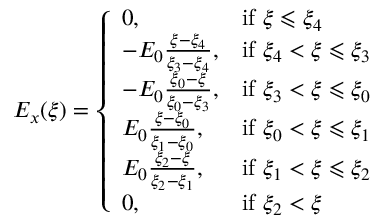
\begin{array} { r } { E _ { x } ( \xi ) = \left\{ \begin{array} { l l } { 0 , } & { \mathrm { i f ~ } \xi \leqslant \xi _ { 4 } } \\ { - E _ { 0 } \frac { \xi - \xi _ { 4 } } { \xi _ { 3 } - \xi _ { 4 } } , } & { \mathrm { i f ~ } \xi _ { 4 } < \xi \leqslant \xi _ { 3 } } \\ { - E _ { 0 } \frac { \xi _ { 0 } - \xi } { \xi _ { 0 } - \xi _ { 3 } } , } & { \mathrm { i f ~ } \xi _ { 3 } < \xi \leqslant \xi _ { 0 } } \\ { E _ { 0 } \frac { \xi - \xi _ { 0 } } { \xi _ { 1 } - \xi _ { 0 } } , } & { \mathrm { i f ~ } \xi _ { 0 } < \xi \leqslant \xi _ { 1 } } \\ { E _ { 0 } \frac { \xi _ { 2 } - \xi } { \xi _ { 2 } - \xi _ { 1 } } , } & { \mathrm { i f ~ } \xi _ { 1 } < \xi \leqslant \xi _ { 2 } } \\ { 0 , } & { \mathrm { i f ~ } \xi _ { 2 } < \xi } \end{array} \right. } \end{array}